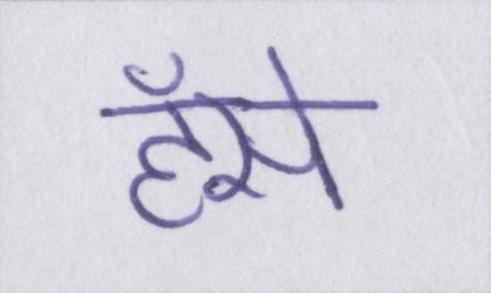
हँसे